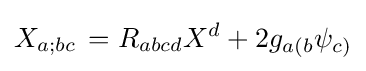
X_{a;bc}\,=R_{abcd}X^{d}+2g_{a(b}\psi _{c)}